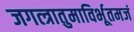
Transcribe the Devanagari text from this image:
जगत्त्रातुमाविर्भूतमजं